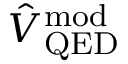
\hat { V } _ { \mathrm { Q E D } } ^ { \mathrm { m o d } }